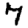
Digit: 7